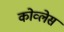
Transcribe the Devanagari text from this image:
कोव्लेस